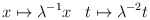
\begin{align*}\begin{aligned}x&\mapsto\lambda^{-1}x&{t}&\mapsto\lambda^{-2}{t}\end{aligned}\end{align*}